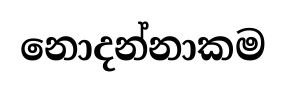
නොදන්නාකම